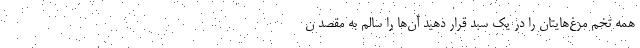
همه تخم مرغ‌هایتان را در یک سبد قرار دهید آن‌ها را سالم به مقصد ن